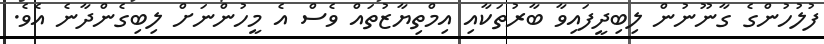
ފުލުހުންގެ ގާނޫނުން ލިބިދީފައިވާ ބާރުތަކާއި އިމްތިޔާޒުތައް ވެސް އެ މީހުންނަށް ލިބިގެންދާނެ އެވެ.